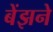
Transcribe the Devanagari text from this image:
बेंझने